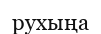
рухыңа